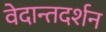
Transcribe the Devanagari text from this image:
वेदान्तदर्शन